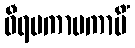
ဝီရမကာမကာမိံ